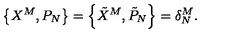
\left\{ X ^ { M } , P _ { N } \right\} = \left\{ \tilde { X } ^ { M } , \tilde { P } _ { N } \right\} = \delta _ { N } ^ { M } .